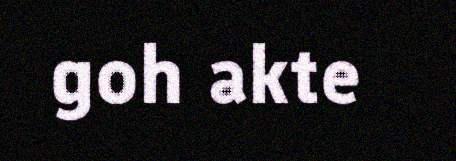
goh akte